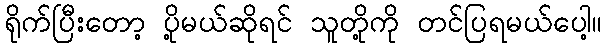
ရိုက်ပြီးတော့ ပို့မယ်ဆိုရင် သူတို့ကို တင်ပြရမယ်ပေါ့။